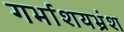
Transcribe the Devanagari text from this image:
गर्भाशयभ्रंश